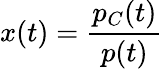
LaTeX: x(t)=\frac{p_{C}(t)}{p(t)}